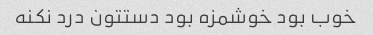
خوب بود خوشمزه بود دستتون درد نکنه